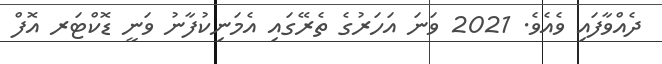
ދެއްވާފައި ވެއެވެ. 2021 ވަނަ އަހަރުގެ ތެރޭގައި އެމަނިކުފާނު ވަނީ ޑޮކްޓަރ އޮފް